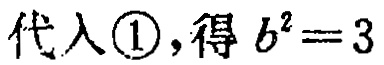
代入\textcircled{1}, 得 \(b^{2}=3\)